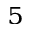
^ 5